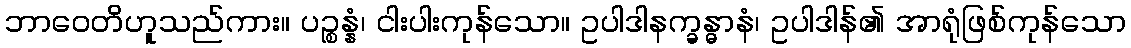
ဘာဝေတိဟူသည်ကား။ ပဉ္စန္နံ၊ ငါးပါးကုန်သော။ ဥပါဒါနက္ခန္ဓာနံ၊ ဥပါဒါန်၏ အာရုံဖြစ်ကုန်သော